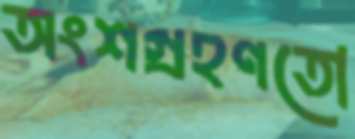
অংশগ্রহণতো